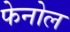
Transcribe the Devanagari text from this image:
फेनोल